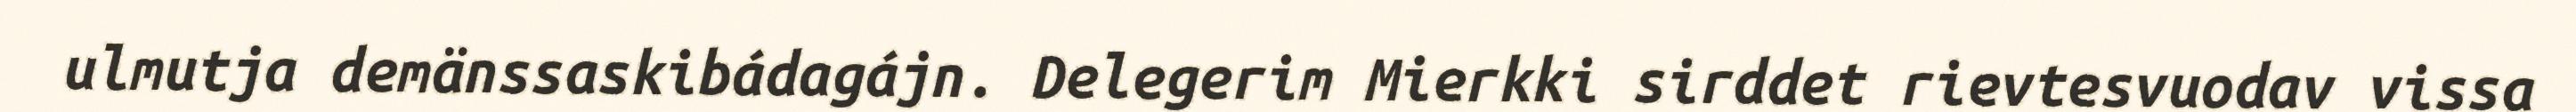
ulmutja demänssaskibádagájn. Delegerim Mierkki sirddet rievtesvuodav vissa